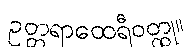
ဥတ္တရာထေရီဝတ္ထု။